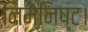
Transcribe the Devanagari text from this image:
निम्निष्ट।